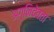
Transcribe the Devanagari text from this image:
अग्निदेवता